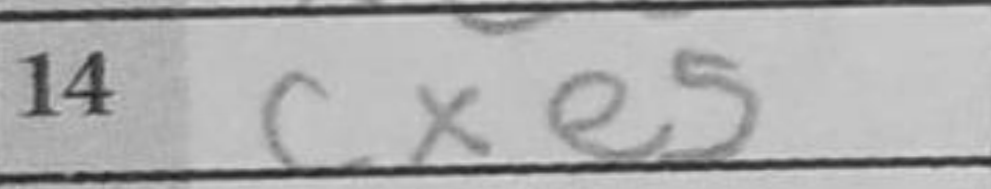
Transcription: cxe5